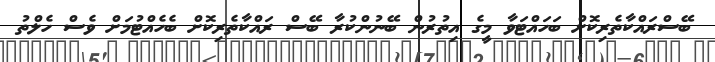
ބޭސްރައްކާތެރިކޮށް ބަހައްޓަވާ މީގެ އިތުރުން ބޭނުންކުރާ ބޭސް ރައްކާތެރިކޮށް ބެހެއްޓުމަށް ވެސް ހެލްތު